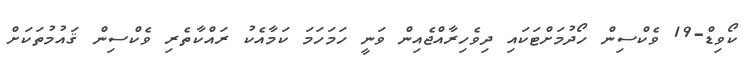
ކޯވިޑް-19 ވެކްސިން ހޯދުމަށްޓަކައި ދިވެހިރާއްޖެއިން ވަނީ ހަމަހަމަ ކަމާއެކު ރައްކާތެރި ވެކްސިން ޤައުމުތަކަށް